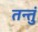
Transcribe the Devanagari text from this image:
तन्तुं